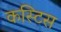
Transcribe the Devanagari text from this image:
कस्टिस